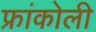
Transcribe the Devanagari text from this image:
फ्रांकोली